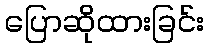
ပြောဆိုထားခြင်း